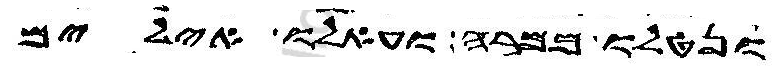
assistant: ונטלו ממרה ועאלו אילים